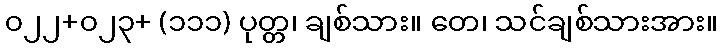
၀၂၂+၀၂၃+ (၁၁၁) ပုတ္တ၊ ချစ်သား။ တေ၊ သင်ချစ်သားအား။